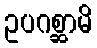
ဥပဂစ္ဆာမိ